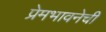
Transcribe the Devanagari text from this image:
प्रेमभावनेची